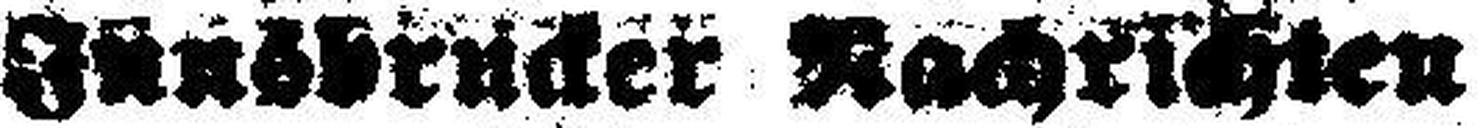
Innsbrucker Nachrichten